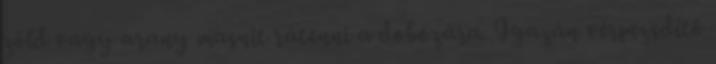
zöld vagy arany masnit rátenni a dobozára. Igazán vérpezsdítő